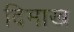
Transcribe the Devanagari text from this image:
दिमाख